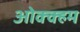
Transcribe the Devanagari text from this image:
ओक्क्हम